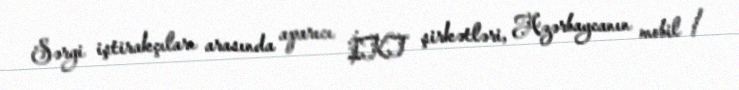
Sərgi iştirakçıları arasında aparıcı İKT şirkətləri, Azərbaycanın mobil /